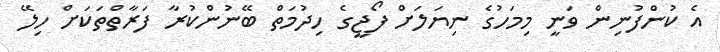
އެ ކުންފުނިން ވަނީ މިމަހުގެ ނިޔަލަށް ފޯޖީގެ ހިދުމަތް ބޭނުންކުރާ ފަރާތްތަކަށް ހިލޭ